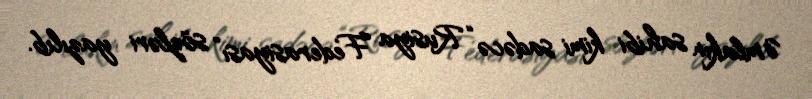
Əmlakın sahibi kimi sadəcə “Rusiya Federasiyası” sözləri yazılıb.